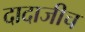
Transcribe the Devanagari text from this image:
दादाजीच